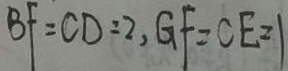
B F = C D : 2 , G F = C E = 1